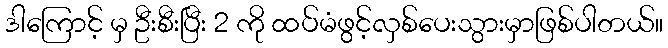
ဒါကြောင့် မှ ဦးစီးပြီး 2 ကို ထပ်မံဖွင့်လှစ်ပေးသွားမှာဖြစ်ပါတယ်။